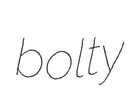
bolty